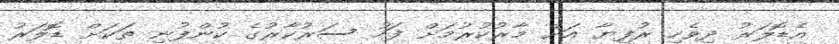
އެޑޮލަރު ދިވެހި ރުފިޔާ އަށް މާރުކުރުމަށް ފަހު ސަރުކާރުގެ ކުންފުނި ތަކަށް ޑޮލަރު